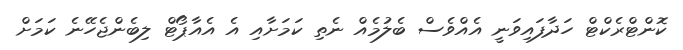
ކޮންޓްރެކްޓް ހަދާފައިވަނީ އެއްވެސް ބެލުމެއް ނެތި ކަމަށާއި އެ އެއާޕޯޓް ލިބެންޖެހޭނެ ކަމަށް